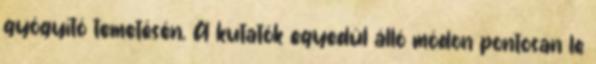
gyógyító temetésén. A kutatók egyedül álló módon pontosan le